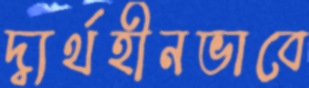
দ্ব্যর্থহীনভাবে